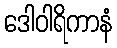
ဒေါဝါရိကာနံ